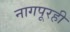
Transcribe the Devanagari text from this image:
नागपूरही